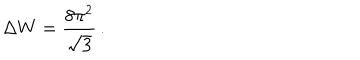
\Delta W = \frac { 8 \pi ^ { 2 } } { \sqrt { 3 } } \, .